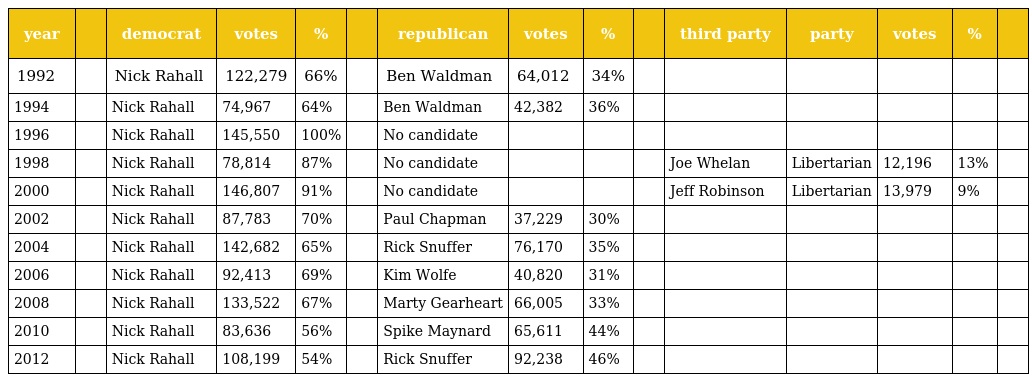
| year |  | democrat | votes | % |  | republican | votes | % |  | third party | party | votes | % |  |
 | --- | --- | --- | --- | --- | --- | --- | --- | --- | --- | --- | --- | --- | --- | --- |
 | 1992 |  | Nick Rahall | 122,279 | 66% |  | Ben Waldman | 64,012 | 34% |  |  |  |  |  |  |
 | 1994 |  | Nick Rahall | 74,967 | 64% |  | Ben Waldman | 42,382 | 36% |  |  |  |  |  |  |
 | 1996 |  | Nick Rahall | 145,550 | 100% |  | No candidate |  |  |  |  |  |  |  |  |
 | 1998 |  | Nick Rahall | 78,814 | 87% |  | No candidate |  |  |  | Joe Whelan | Libertarian | 12,196 | 13% |  |
 | 2000 |  | Nick Rahall | 146,807 | 91% |  | No candidate |  |  |  | Jeff Robinson | Libertarian | 13,979 | 9% |  |
 | 2002 |  | Nick Rahall | 87,783 | 70% |  | Paul Chapman | 37,229 | 30% |  |  |  |  |  |  |
 | 2004 |  | Nick Rahall | 142,682 | 65% |  | Rick Snuffer | 76,170 | 35% |  |  |  |  |  |  |
 | 2006 |  | Nick Rahall | 92,413 | 69% |  | Kim Wolfe | 40,820 | 31% |  |  |  |  |  |  |
 | 2008 |  | Nick Rahall | 133,522 | 67% |  | Marty Gearheart | 66,005 | 33% |  |  |  |  |  |  |
 | 2010 |  | Nick Rahall | 83,636 | 56% |  | Spike Maynard | 65,611 | 44% |  |  |  |  |  |  |
 | 2012 |  | Nick Rahall | 108,199 | 54% |  | Rick Snuffer | 92,238 | 46% |  |  |  |  |  |  |